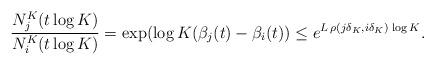
LaTeX: \begin{align*}\frac{N^K_j(t\log K)}{N^K_{i}(t\log K)} = \exp(\log K (\beta_{j}(t)-\beta_{i}(t)) \le e^{ L\, \rho(j \delta_K,i \delta_K)\, \log K }.\end{align*}